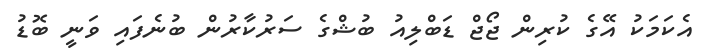
އެކަމަކު އޭގެ ކުރިން ޖޯޖް ޑަބްލިއު ބުޝްގެ ސަރުކާރުން ބުނެފައި ވަނީ ބޮޑު